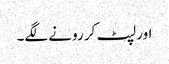
اور لپٹ کر رونے لگے۔